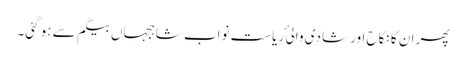
پھر ان کا نکاح اور شادی والی ٔ ریاست نواب شاہجہاں بیگم سے ہو گئی۔